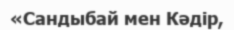
«Сандыбай мен Кәдір,